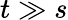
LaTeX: t\gg s